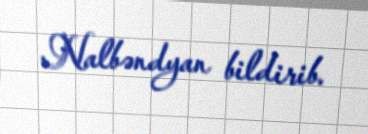
Nalbəndyan bildirib.